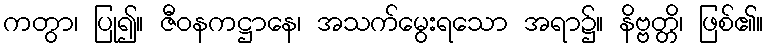
ကတွာ၊ ပြု၍။ ဇီဝနကဋ္ဌာနေ၊ အသက်မွေးရသော အရာ၌။ နိဗ္ဗတ္တိ၊ ဖြစ်၏။